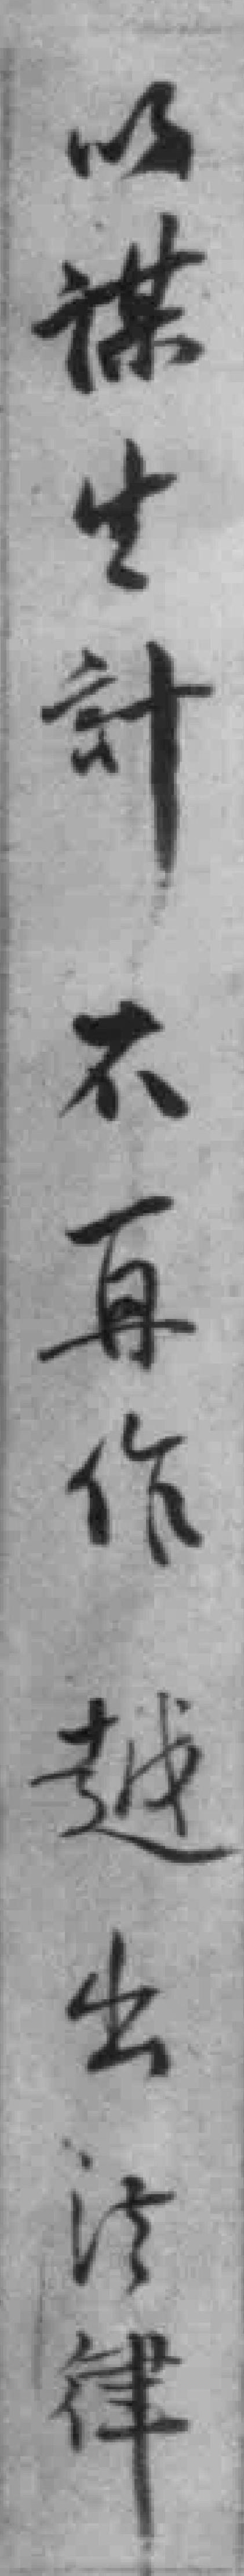
以謀生計不再作越出法律